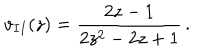
LaTeX: v _ { I I } ( z ) = { \frac { 2 z - 1 } { 2 z ^ { 2 } - 2 z + 1 } } \, .